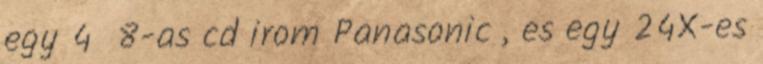
egy 4 8-as cd irom Panasonic , es egy 24X-es